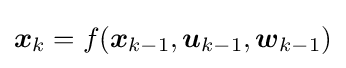
{\boldsymbol {x}}_{k}=f({\boldsymbol {x}}_{k-1},{\boldsymbol {u}}_{k-1},{\boldsymbol {w}}_{k-1})